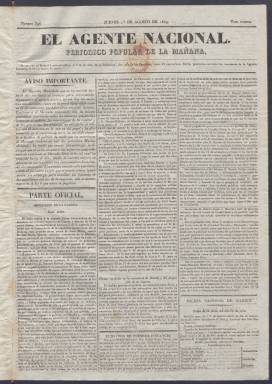
Título: El Agente nacional
Colección: Periódicos anteriores a 1850
Ámbito geográfico: Madrid
Lugar de publicación: Madrid
Fechas: 01/08/1839-25/10/1839